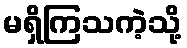
မရှိကြသကဲ့သို့